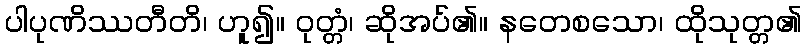
ပါပုဏိဿတီတိ၊ ဟူ၍။ ဝုတ္တံ၊ ဆိုအပ်၏။ နတေစသော၊ ထိုသုတ္တ၏